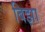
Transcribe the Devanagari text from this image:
बिझा